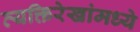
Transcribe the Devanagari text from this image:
व्यक्तिरेखांमध्ये